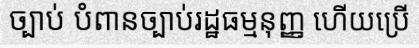
ច្បាប់ បំពានច្បាប់រដ្ឋធម្មនុញ្ញ ហើយប្រើ